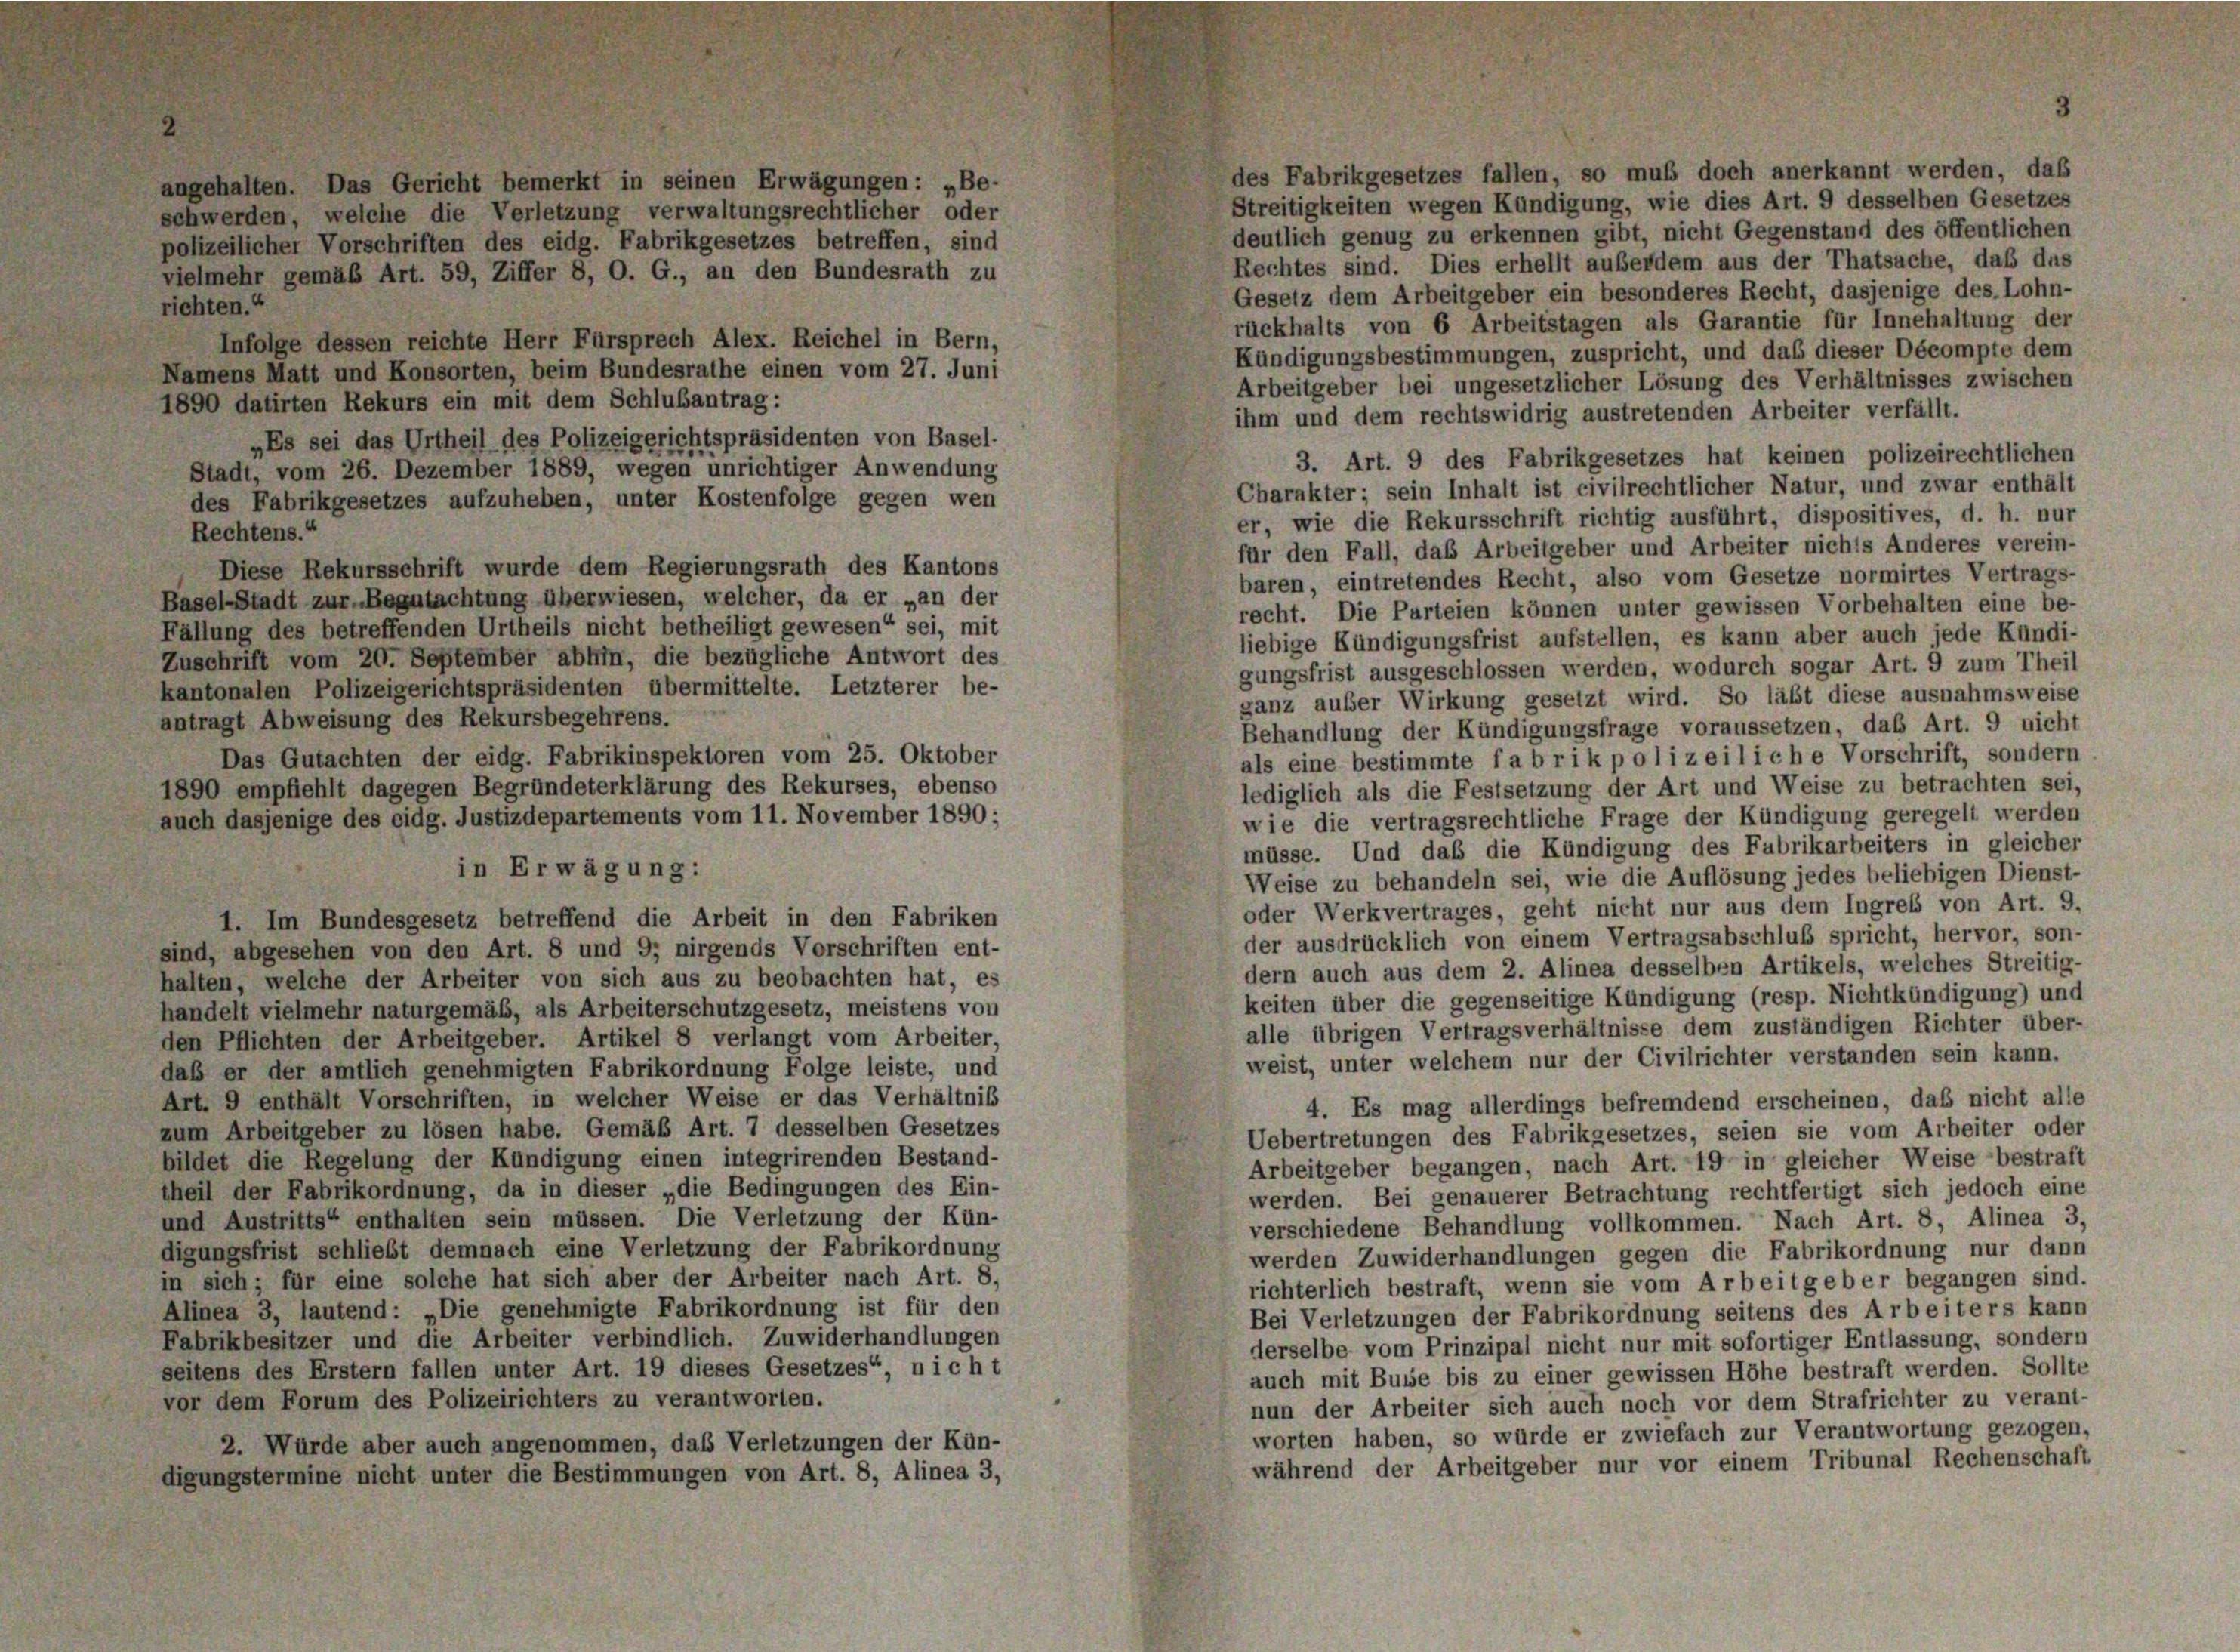
des Fabrikgesetzes fallen, so muß doch anerkannt werden, daß
angehalten. Das Gericht bemerkt in seinen Erwägungen: „Be-
Streitigkeiten wegen Kündigung, wie dies Art. 9 desselben Gesetzes
schwerden, welche die Verletzung verwaltungsrechtlicher oder
deutlich genug zu erkennen gibt, nicht Gegenstand des öffentlichen
polizeilicher Vorschriften des eidg. Fabrikgesetzes betreffen, sind
Rechtes sind. Dies erhellt außerdem aus der Thatsache, daß das
vielmehr gemäß Art. 59, Ziffer 8, O. G., an den Bundesrath zu
Gesetz dem Arbeitgeber ein besonderes Recht, dasjenige des. Lohn-
richten.“
rückhalts von 6 Arbeitstagen als Garantie für Innehaltung der
Infolge dessen reichte Herr Fürsprech Alex. Reichel in Bern,
Kündigungsbestimmungen, zuspricht, und das dieser Décompte dem
Namens Matt und Konsorten, beim Bundesrathe einen vom 27. Juni
Arbeitgeber bei ungesetzlicher Lösung des Verhältnisses zwischen
1890 datirten Rekurs ein mit dem Schlußantrag:
ihm und dem rechtswidrig austretenden Arbeiter verfällt.
„Es sei das Urtheil des Polizeigerichtspräsidenten von Basel-
3. Art. 9 des Fabrikgesetzes hat keinen polizeirechtlichen
Stadt, vom 26. Dezember 1889, wegen unrichtiger Anwendung
Charakter; sein Inhalt ist civilrechtlicher Natur, und zwar enthält
des Fabrikgesetzes aufzuheben, unter Kostenfolge gegen wen
er, wie die Rekursschrift richtig ausführt, dispositives, d. h. nur
Rechtens.“
für den Fall, das Arbeitgeber und Arbeiter nichts Anderes verein-
Diese Rekursschrift wurde dem Regierungsrath des Kantons
baren, eintretendes Recht, also vom Gesetze normirtes Vertrags-
Basel-Stadt zur Begutachtung überwiesen, welcher, da er „an der
recht. Die Parteien können unter gewissen Vorbehalten eine be-
Fällung des betreffenden Urtheils nicht betheiligt gewesen“ sei, mit
liebige Kündigungsfrist aufstellen, es kann aber auch jede Kundi-
Zuschrift vom 20. September abhin, die bezügliche Antwort des
gungsfrist ausgeschlossen werden, wodurch sogar Art. 9 zum Theil
kantonalen Polizeigerichtspräsidenten übermittelte. Letzterer be-
ganz außer Wirkung gesetzt wird. So läßt diese ausnahmsweise
antragt Abweisung des Rekursbegehrens.
Behandlung der Kündigungsfrage voraussetzen, das Art. 9 nicht
Das Gutachten der eidg. Fabrikinspektoren vom 25. Oktober
als eine bestimmte fabrik polizeiliche Vorschrift, sondern
1890 empfiehlt dagegen Begründeterklärung des Rekurses, ebenso
lediglich als die Festsetzung der Art und Weise zu betrachten sei,
wie die vertragsrechtliche Frage der Kündigung geregelt werden
auch dasjenige des eidg. Justizdepartements vom 11. November 1890;
müsse. Und daß die Kündigung des Fubrikarbeiters in gleicher
in Erwägung:
Weise zu behandeln sei, wie die Auflösung jedes beliebigen Dienst-
oder Werkvertrages, geht nicht nur aus dem Ingreis von Art. 9.
1. Im Bundesgesetz betreffend die Arbeit in den Fabriken
der ausdrücklich von einem Vertragsabschluß spricht, hervor, son-
sind, abgesehen von den Art. 8 und 9; nirgends Vorschriften ent-
dern auch aus dem 2. Alinea desselben Artikels, welches Streitig-
halten, welche der Arbeiter von sich aus zu beobachten hat, es
keiten über die gegenseitige Kündigung (resp. Nichtkündigung) und
handelt vielmehr naturgemäß, als Arbeiterschutzgesetz, meistens von
alle übrigen Vertragsverhältnisse dem zuständigen Richter über-
den Pflichten der Arbeitgeber. Artikel 8 verlangt vom Arbeiter,
weist, unter welchem nur der Civilrichter verstanden sein kann.
daß er der amtlich genehmigten Fabrikordnung Folge leiste, und
Art. 9 enthält Vorschriften, in welcher Weise er das Verhältniß
4. Es mag allerdings befremdend erscheinen, das nicht alle
zum Arbeitgeber zu lösen habe. Gemäß Art. 7 desselben Gesetzes
Uebertretungen des Fabrikgesetzes, seien sie vom Arbeiter oder
bildet die Regelung der Kündigung einen integrirenden Bestand-
Arbeitgeber begangen, nach Art. 19 in gleicher Weise bestraft
theil der Fabrikordnung, da in dieser „die Bedingungen des Ein-
werden. Bei genauerer Betrachtung rechtfertigt sich jedoch eine
und Austritts“ enthalten sein müssen. Die Verletzung der Kün-
verschiedene Behandlung vollkommen. Nach Art. 8, Alinea 3,
digungsfrist schließt demnach eine Verletzung der Fabrikordnung
werden Zuwiderhandlungen gegen die Fabrikordnung nur dann
in sich; für eine solche hat sich aber der Arbeiter nach Art. 8,
richterlich bestraft, wenn sie vom Arbeitgeber begangen sind.
Alinea 3, lautend: „Die genehmigte Fabrikordnung ist für den
Bei Verletzungen der Fabrikordnung seitens des Arbeiters kann
Fabrikbesitzer und die Arbeiter verbindlich. Zuwiderhandlungen
derselbe vom Prinzipal nicht nur mit sofortiger Entlassung, sondern
seitens des Erstern fallen unter Art. 19 dieses Gesetzes“, nicht
auch mit Busse bis zu einer gewissen Höhe bestraft werden. Sollte
vor dem Forum des Polizeirichters zu verantworten.
nun der Arbeiter sich auch noch vor dem Strafrichter zu verant-
worten haben, so würde er zwiefach zur Verantwortung gezogen,
2. Würde aber auch angenommen, das Verletzungen der Kün-
während der Arbeitgeber nur vor einem Tribunal Rechenschaft
digungstermine nicht unter die Bestimmungen von Art. 8, Alinea 3,